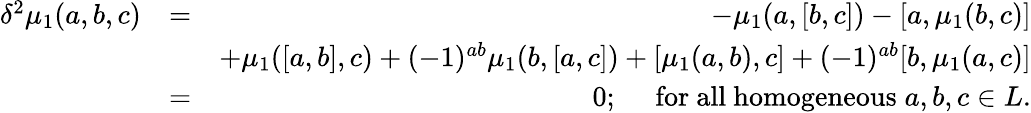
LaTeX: \begin{array}{rlr}{\delta^{2}\mu_{1}(a,b,c)}&{=}&{-\mu_{1}(a,[b,c])-[a,\mu_{1}(b,c)]}\\ &{}&{+\mu_{1}([a,b],c)+(-1)^{ab}\mu_{1}(b,[a,c])+[\mu_{1}(a,b),c]+(-1)^{ab}[b,\mu_{1}(a,c)]}\\ &{=}&{0;~~~~\; \mathrm{for~all~homogeneous}\; a,b,c\in L.}\end{array}